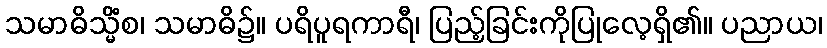
သမာဓိသ္မိံစ၊ သမာဓိ၌။ ပရိပူရကာရီ၊ ပြည့်ခြင်းကိုပြုလေ့ရှိ၏။ ပညာယ၊